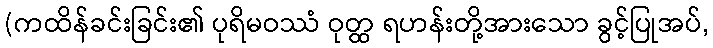
(ကထိန်ခင်းခြင်း၏ ပုရိမဝဿံ ဝုတ္ထ ရဟန်းတို့အားသော ခွင့်ပြုအပ်,